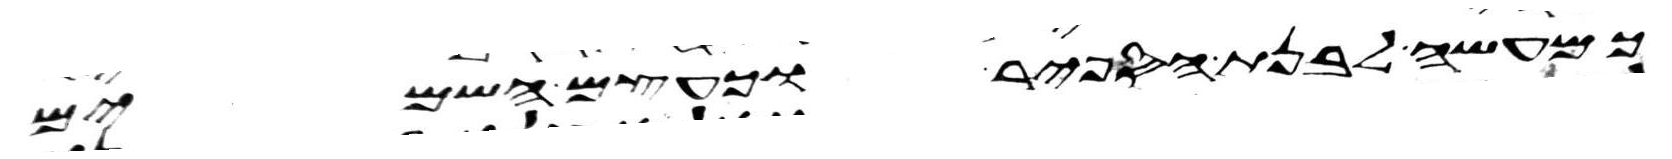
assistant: כמעשה לבנת הספיר וכעצם השמים